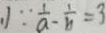
\because \frac { 1 } { a } - \frac { 1 } { b } = 3